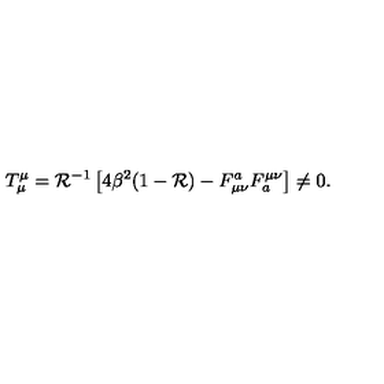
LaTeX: T _ { \mu } ^ { \mu } = { \cal { R } } ^ { - 1 } \left[ 4 \beta ^ { 2 } ( 1 - { \cal { R } } ) - F _ { \mu \nu } ^ { a } F _ { a } ^ { \mu \nu } \right] \neq 0 .